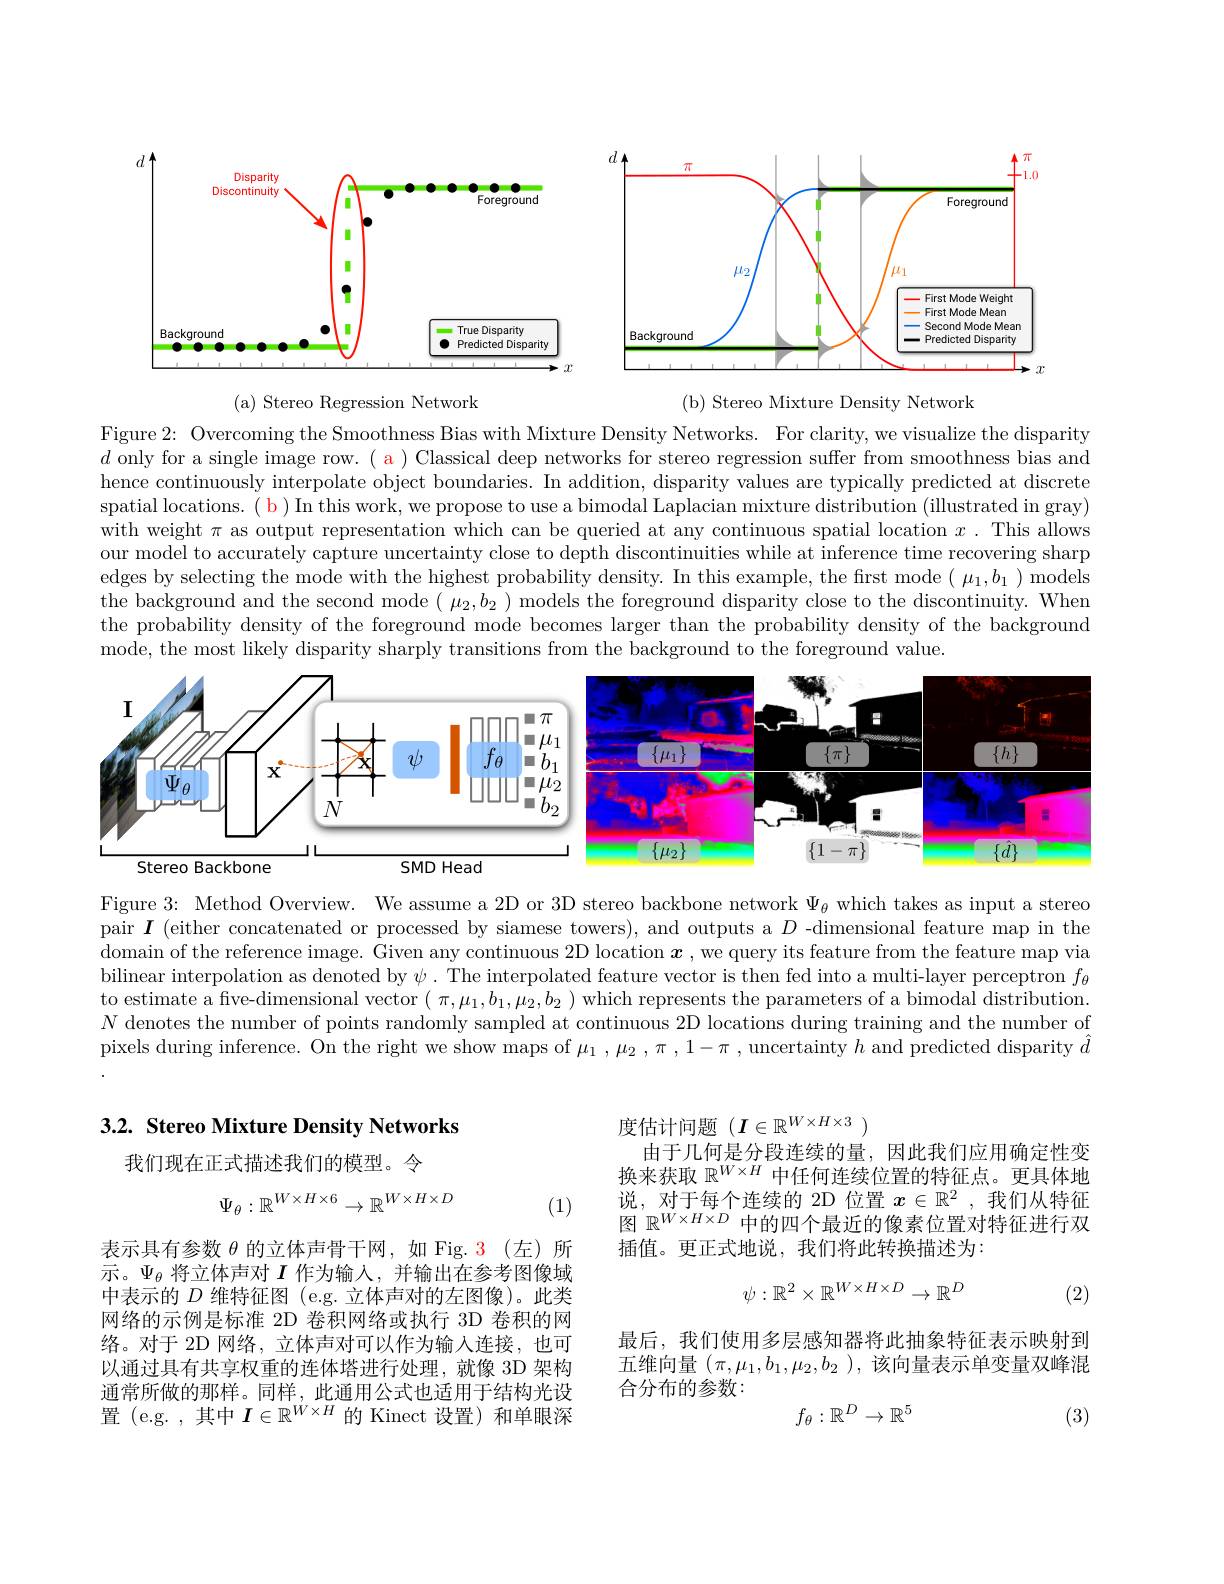
<FigureHere>

(b) Stereo Mixture Density Network

( a) Stereo Regression Network

Figure 2: Overcoming the Smoothness Bias with Mixture Density Networks. For clarity, we visualize the disparity $d$ only for a single image row. ( a ) Classical deep networks for stereo regression suffer from smoothness bias and hence continuously interpola spatial locations. ( b ) In this work, we propose to use a bimodal Laplacian mixture distribution (illustrated in gray) with weight $\pi$ as output representation which can be queried at any continuous spatial location $x.$ This allows our model to accurately capture uncertainty close to depth discontinuities while at inference time recovering sharp edges by selecting the mode with the highest probability density. In this example, the first mode( $\mu_1,b_1)$ models the background and the second mode $(\begin{array}{c}\mu_{2},b_{2}\end{array})$ models the foreground disparity close to the discontinuity. When the probability density of the foreground mode becomes larger than the probability density of the background mode, the most likely dispar

<FigureHere>

Figure 3: Method Overview. We assume a 2D or 3D stereo backbone network $\Psi_{\theta}$ which takes as input a stereo pair $I$ (either concatenated or processed by siamese towers), and outputs a $D$ -dimensional feature map in the domain of the reference image. Given any continuous 2D location $\boldsymbol{x}$ ,we query its feature from the feature map via bilinear interpolation as denoted by $\psi.$ The interpolated feature vector is then fed into a multi-layer perceptron $f_\theta$ to estimate a fve-dimensional vector $(\pi,\mu_1,b_1,\mu_2,b_2)$ which represents the parameters of a bimodal distribution. $N$ denotes the number of po pixels during inference. On

### 3.2. Stereo Mixture Density Networks

我们现在正式描述我们的模型。令
$$\Psi_\theta:\mathbb{R}^{W\times H\times6}\to\mathbb{R}^{W\times H\times D}$$
(1)

表示具有参数$\theta$的立体声骨干网，如 Fig. 3(左)所示。$\Psi_{\theta}$将立体声对$I$作为输入，并输出中表示的$D$维特征图 (e.g. 立体声对的左图像)。此类网络的示例是标准 2D 卷积网络或执行 3D 卷积的网络。对于 2D 网络，立体声对可以作为输人连接，也可以通过具有共享权重的连体塔进行处理，就像 3D 架构通常所做的那样。同样，此通用公式也适用于结构光设置(e.g. ,其中$I\in\mathbb{R}^W\times H$的 Kinect 设置) 和单眼深

度估计问题($I\in\mathbb{R}^W\times H\times3$)
由于几何是分段连续的量，因此我们应用确定性变换来获取$\mathbb{R}^W\times H$中任何连续位置的特征点。更具体地说，对于每个连续的 2D 位置$x\in\mathbb{R}^2$ ,我们从特征图$\mathbb{R}^{W\times H\times D}$中的四个最近的像素位置对特征进行双插值。更正式地说，我们将此转换描述为：
$$\psi:\mathbb{R}^2\times\mathbb{R}^{W\times H\times D}\to\mathbb{R}^D$$
(2)

最后，我们使用多层感知器将此抽象特征表示映射到五维向量$(\pi,\mu_1,b_1,\mu_2,b_2)$,该向量表示单变量双峰混合分布的参数：
$$f_\theta:\mathbb{R}^D\to\mathbb{R}^5$$
(3)